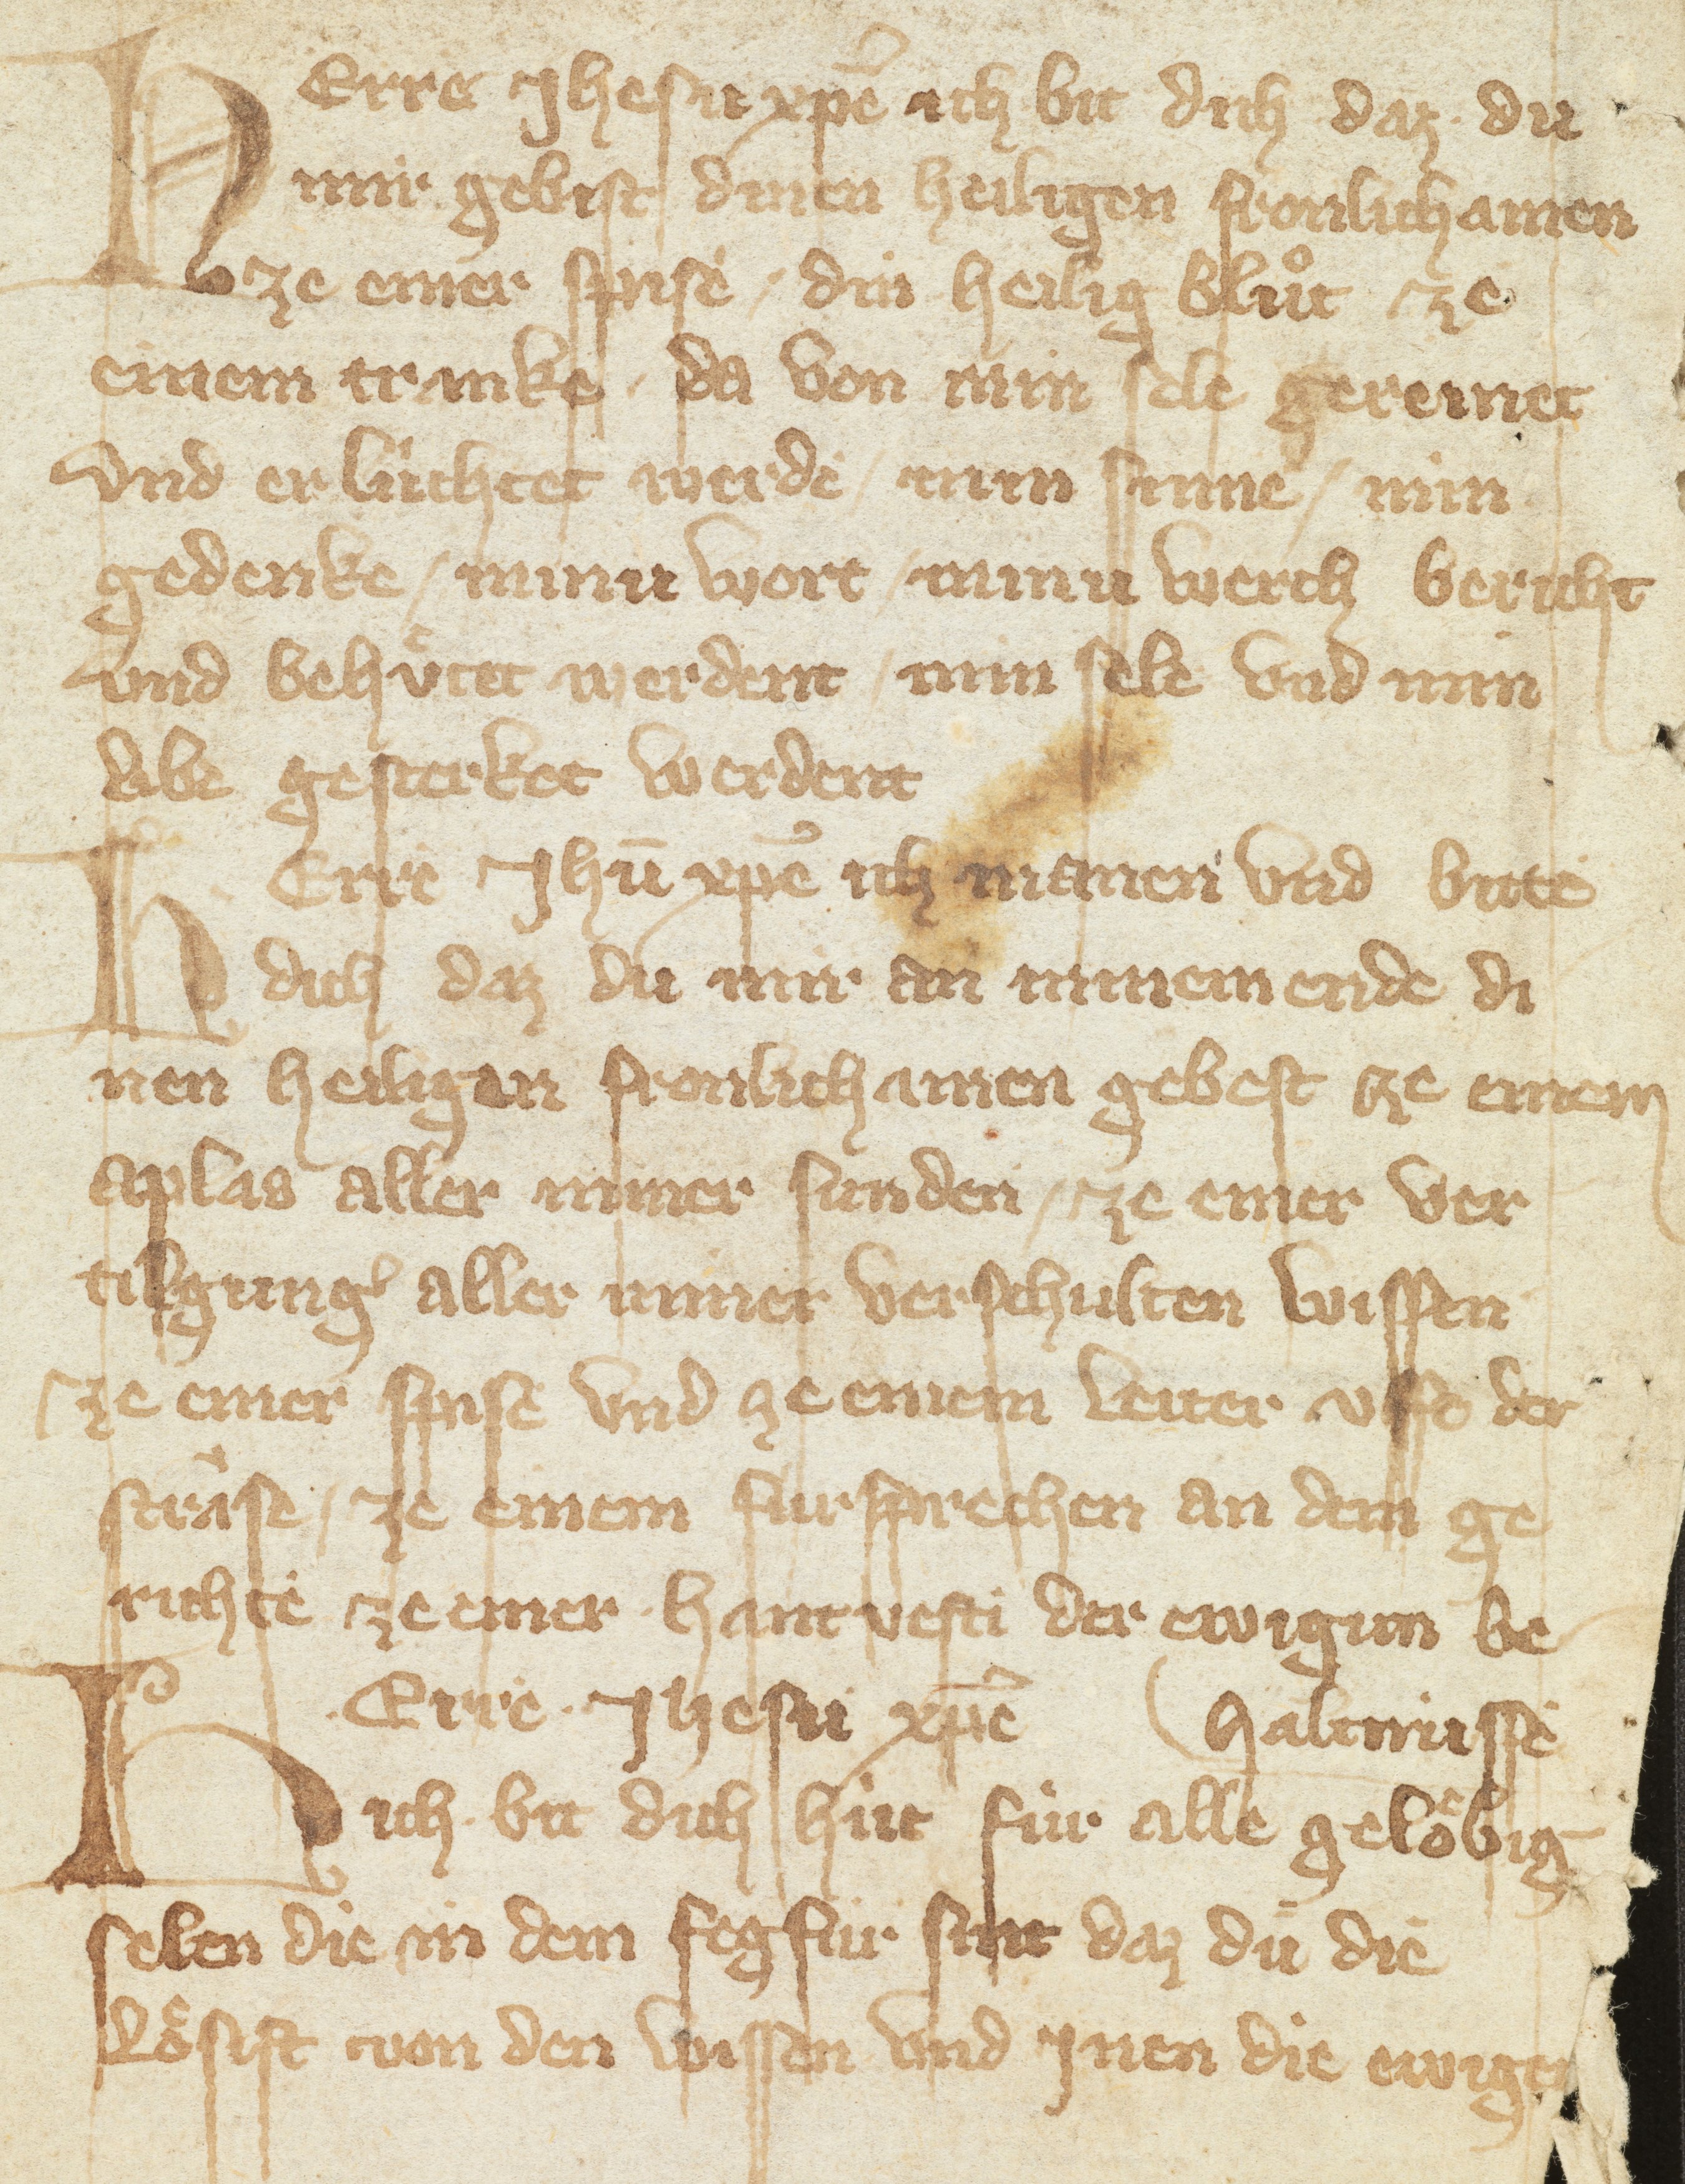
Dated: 1375–1399